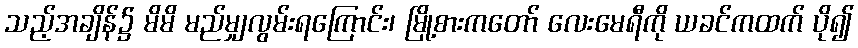
သည့်အချိန်၌ မိမိ မည်မျှလွမ်းရကြောင်း၊ မြို့စားကတော် လေးမေရီကို ယခင်ကထက် ပို၍